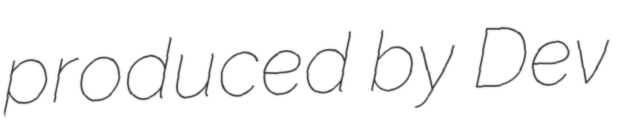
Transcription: produced by Dev